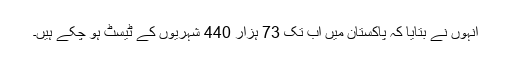
انہوں نے بتایا کہ پاکستان میں اب تک 73 ہزار 440 شہریوں کے ٹیسٹ ہو چکے ہیں۔